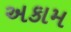
અકામ